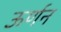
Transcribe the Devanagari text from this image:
ऊर्णन